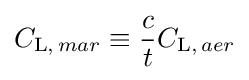
C_{\mathrm {L} ,\,mar}\equiv {\frac {c}{t}}C_{\mathrm {L} ,\,aer}